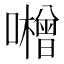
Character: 𱕝